Annual administration report of the Civil Veterinary Department of India - 1895-1896
Year: 1895
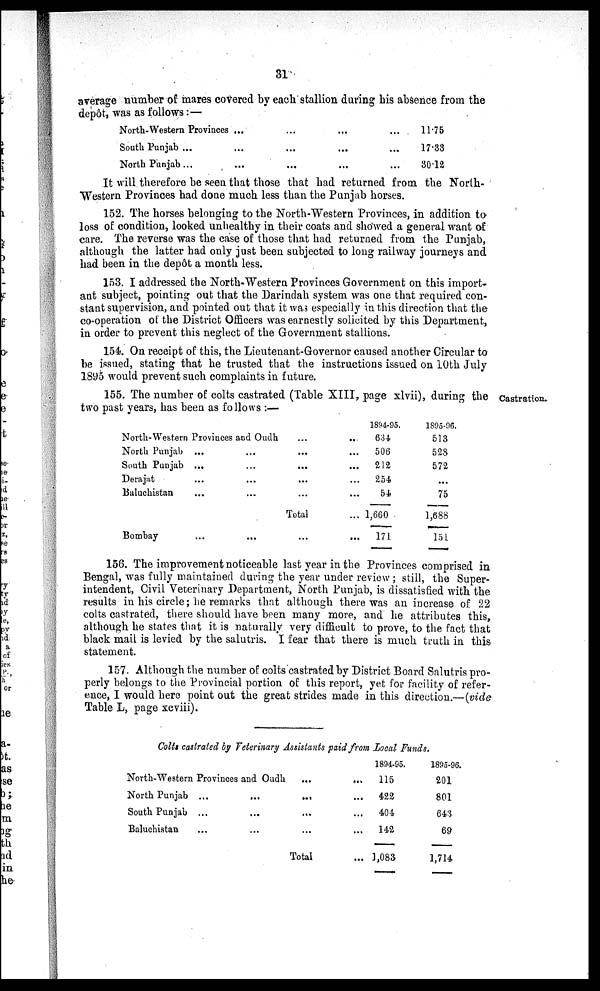
31
average number of mares covered by each stallion daring his absence from the
depôt, was as follows:—
North-Western Provinces ... ... ... ...
South Punjab ... ... ... ... ...
North Punjab ... ... ... ... ...
11.75
17.33
30.12
It will therefore be seen that those that had returned from the North-
Western Provinces had done much less than the Punjab horses.
152. The horses belonging to the North-Western Provinces, in addition to
loss of condition, looked unhealthy in their coats and showed a general want of
care. The reverse was the case of those that had returned from the Punjab,
although the latter had only just been subjected to long railway journeys and
had been in the depôt a month less.
153. I addressed the North-Western Provinces Government on this import-
ant subject, pointing out that the Darindah system was one that required con-
stant supervision, and pointed out that it was especially in this direction that the
co-operation of the District Officers was earnestly solicited by this Department,
in order to prevent this neglect of the Government stallions.
154. On receipt of this, the Lieutenant-Governor caused another Circular to
be issued, stating that he trusted that the instructions issued on 10th July
1895 would prevent such complaints in future.
Castration.
155. The number of colts castrated (Table XIII, page xlvii), during the
two past years, has been as follows:—
North-Western Provinces and Oudh ... ...
North Punjab ... ... ... ...
South Punjab ... ... ... ...
Derajat ... ... ... ...
Baluchistan ... ... ... ...
Total ...
Bombay ... ... ... ...
1894-95.
634
506
212
254
54
1,660
171
1895-96.
513
528
572
...
75
1,688
151
156. The improvement noticeable last year in the Provinces comprised in
Bengal, was fully maintained during the year under review; still, the Super-
intendent, Civil Veterinary Department, North Punjab, is dissatisfied with the
results in his circle; he remarks that although there was an increase of 22
colts castrated, there should have been many more, and he attributes this,
although he states that it is naturally very difficult to prove, to the fact that
black mail is levied by the salutris. I fear that there is much truth in this
statement.
157. Although the number of colts castrated by District Board Salutris pro-
perly belongs to the Provincial portion of this report, yet for facility of refer-
ence, I would here point out the great strides made in this direction.—(vide
Table L, page xcviii).
Colts castrated by Veterinary Assistants paid from Local Funds.
North-Western Provinces and Oudh ... ...
North Punjab ... ... ... ...
South Punjab ... ... ... ...
Baluchistan ... ... ... ...
Total...
1894-95.
115
422
404
142
1,083
1895-96.
201
801
643
69
1,714